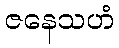
ဇနေသဟံ